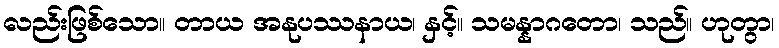
လည်းဖြစ်သော။ တာယ အနုပဿနာယ၊ နှင့်။ သမန္နာဂတော၊ သည်။ ဟုတွာ၊